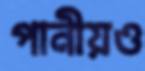
পানীয়ও